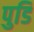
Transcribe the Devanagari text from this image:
पुडि